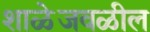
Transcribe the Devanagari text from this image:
शाळेजवळील